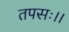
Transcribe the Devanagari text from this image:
तपसः।।